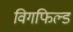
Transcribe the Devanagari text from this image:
विगफिल्ड